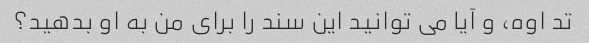
تد اوه، و آیا می توانید این سند را برای من به او بدهید؟